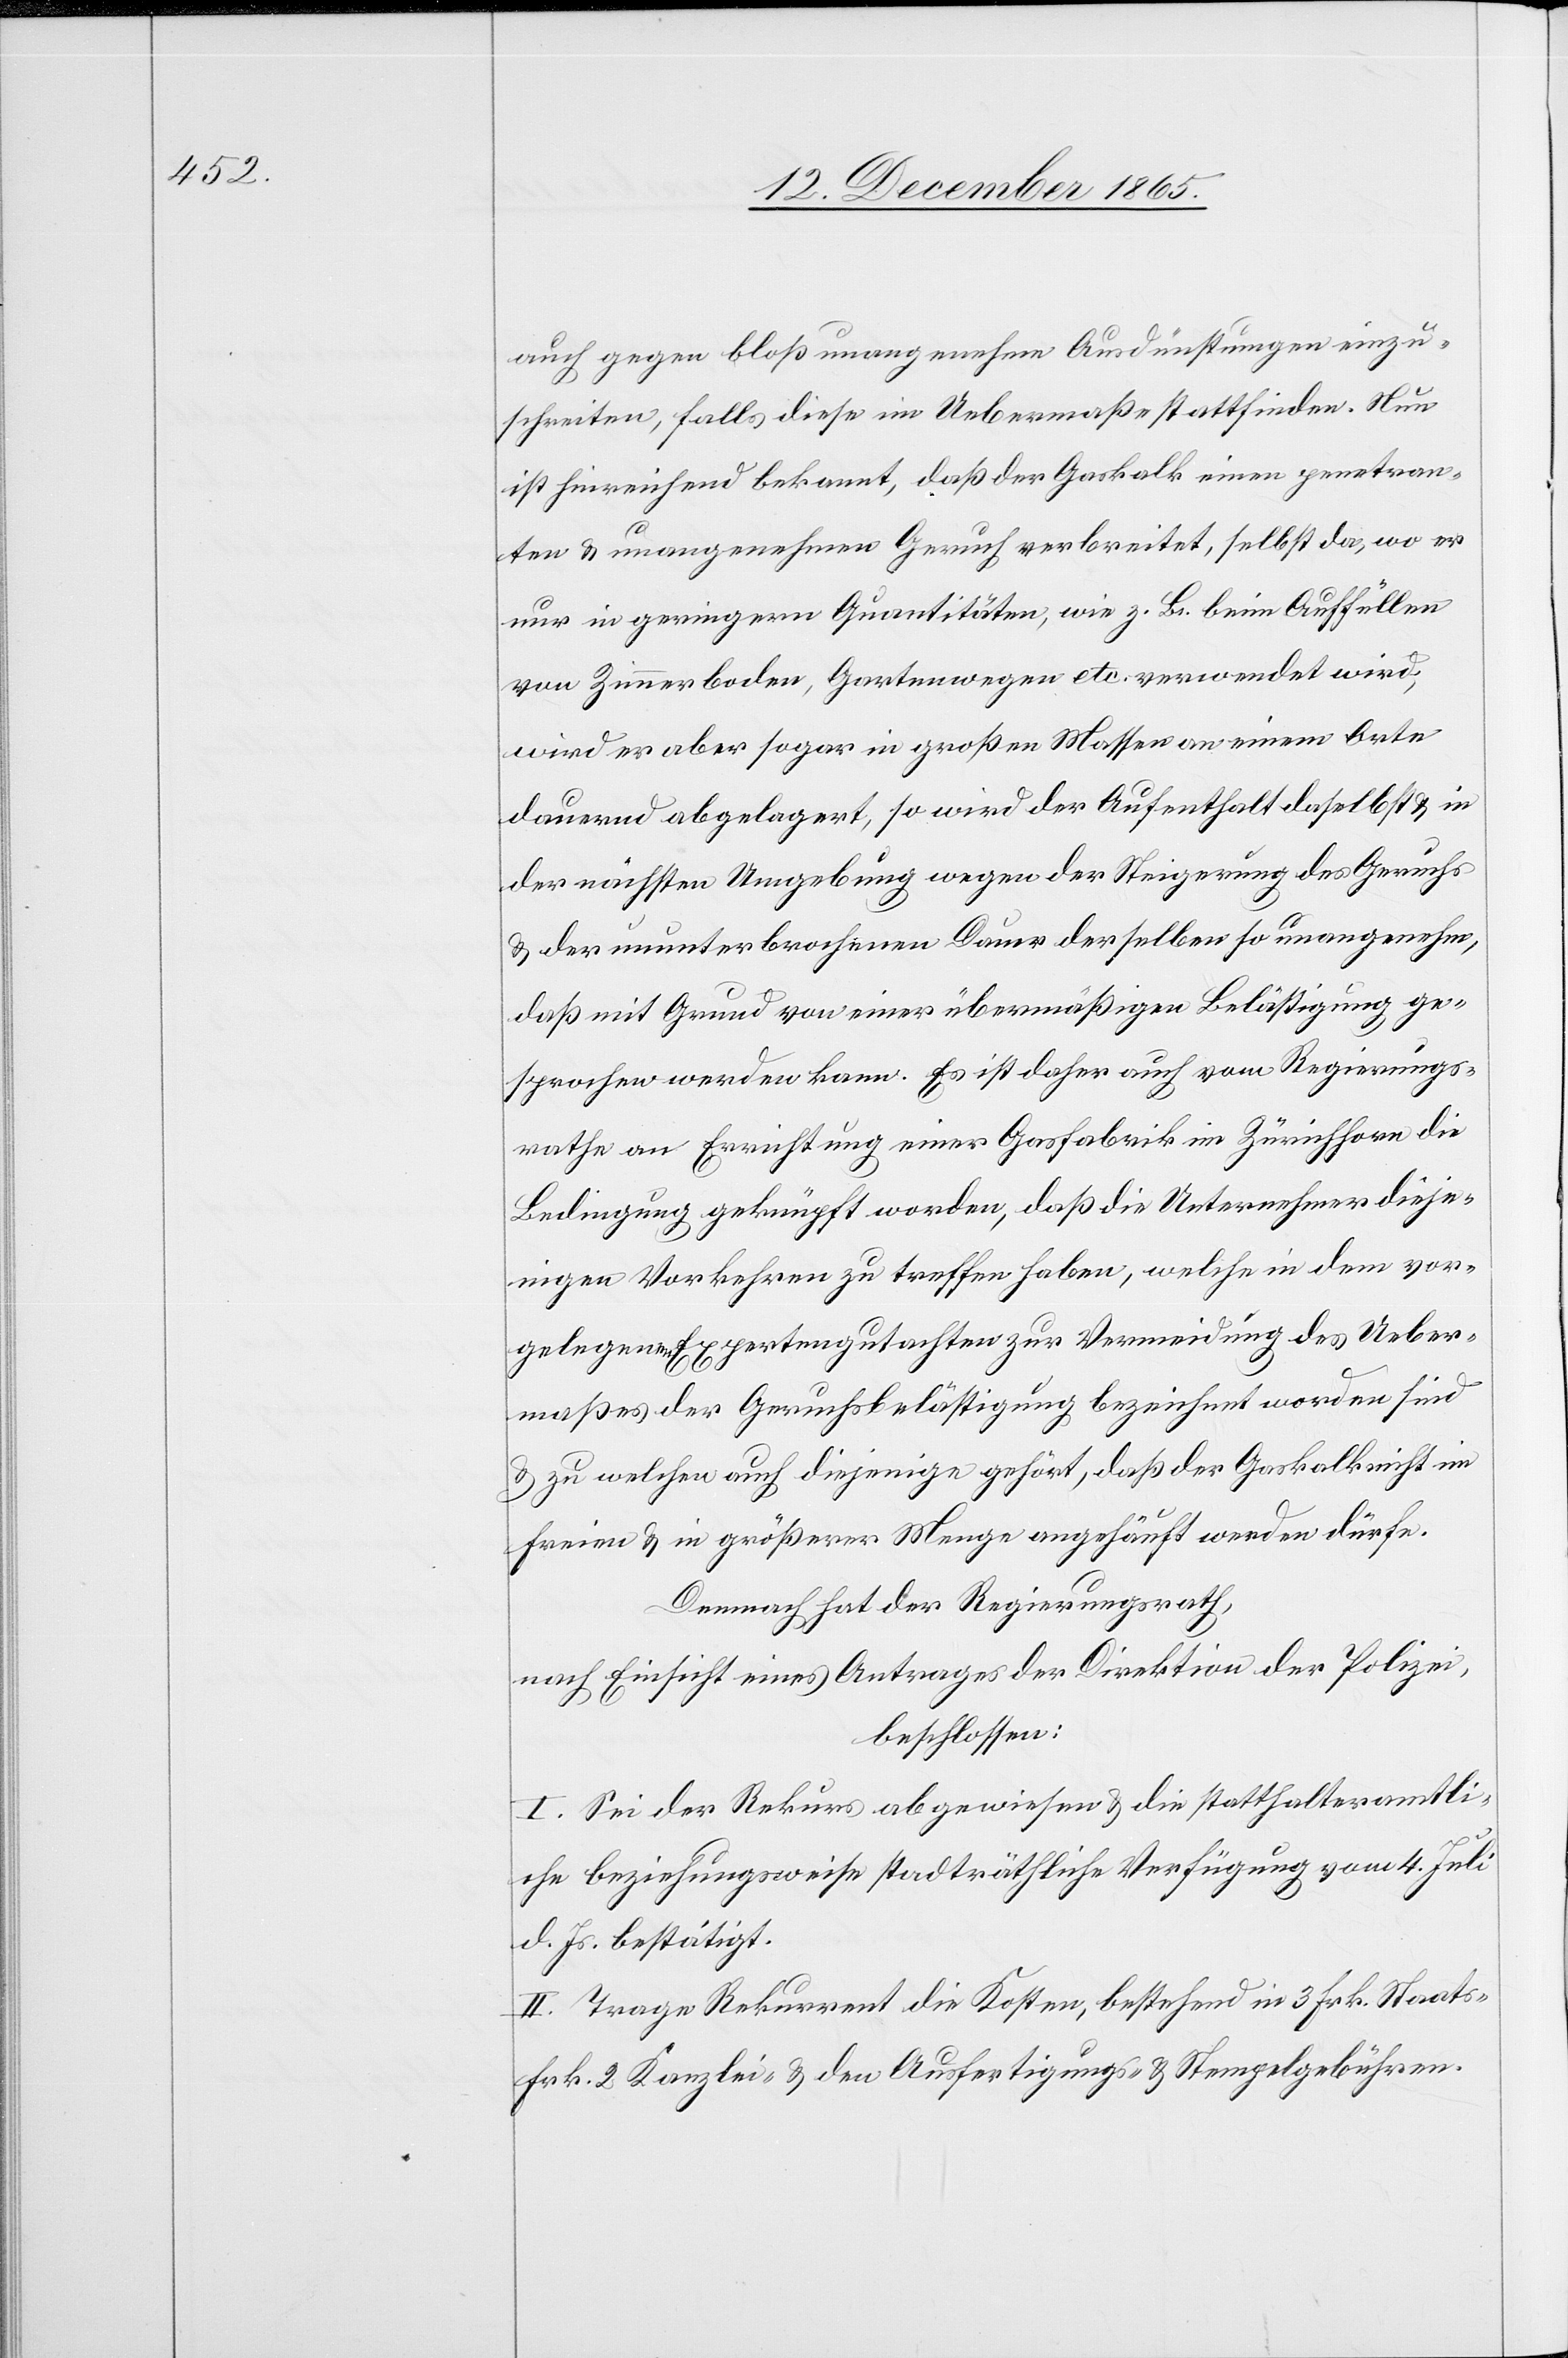
auch gegen bloß unangenehme Ausdünstungen einzu¬
schreiten, falls diese im Uebermaße stattfinden. Nun
ist hinreichend bekannt, daß der Gaskalk einen penetran¬
ten & unangenehmen Geruch verbreitet, selbst da, wo er
nur in geringern Quantitäten, wie z. B. beim Auffüllen
von Zimmerboden, Gartenwegen etc. verwendet wird,
wird er aber sogar in großen Massen an einen Orte
dauernd abgelagert, so wird der Aufenthalt daselbst & in
der nächsten Umgebung wegen der Steigerung der Geruchs
& der ununterbrochenen Dauer derselben [sic!] so unangenehm,
daß mit Grund von einer übermäßigen Belästigung ge¬
sprochen werden kann. Es ist daher auch vom Regierungs¬
rathe an Errichtung einer Gasfabrik im Zürichhorn die
Bedingung geknüpft worden, daß die Unternehmer dieje¬
nigen Vorkehren zu treffen haben, welche in dem vor¬
gelegten Expertengutachten zur Vermeidung des Ueber¬
maßes der Geruchsbelästigung bezeichnet worden sind
& zu welchen auch diejenige gehört, daß der Gaskalk nicht im
Freien & in größerer Menge angehäuft werden dürfe.
Demnach hat der Regierungsrath,
nach Einsicht eines Antrages der Direktion der Polizei,
beschlossen:
I. Sei der Rekurs abgewiesen & die statthalteramtli¬
che beziehungsweise stadträthliche Verfügung vom 4. Juli
d. Js. bestätigt.
II. Trage Rekurrent die Kosten, bestehend in 3 Frk. Staats-
Frk. 2 Kanzlei- & den Ausfertigungs- & Stempelgebühren.